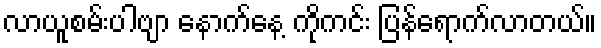
လာယူစမ်းပါဗျာ နောက်နေ့ ကိုကင်း ပြန်ရောက်လာတယ်။